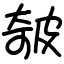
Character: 㿲